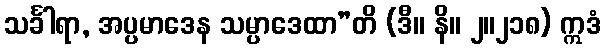
သင်္ခါရာ, အပ္ပမာဒေန သမ္ပာဒေထာ”တိ (ဒီ။ နိ။ ၂။၂၁၈) ဣဒံ